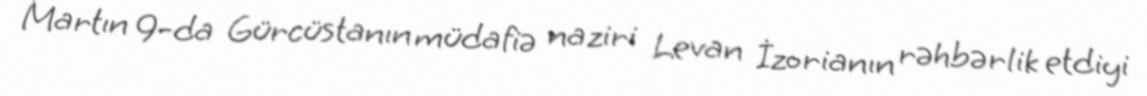
Martın 9-da Gürcüstanın müdafiə naziri Levan İzorianın rəhbərlik etdiyi